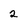
Character: 2